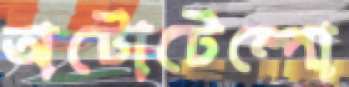
অটোটেম্পো